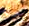
حمله